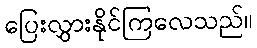
ပြေးလွှားနိုင်ကြလေသည်။